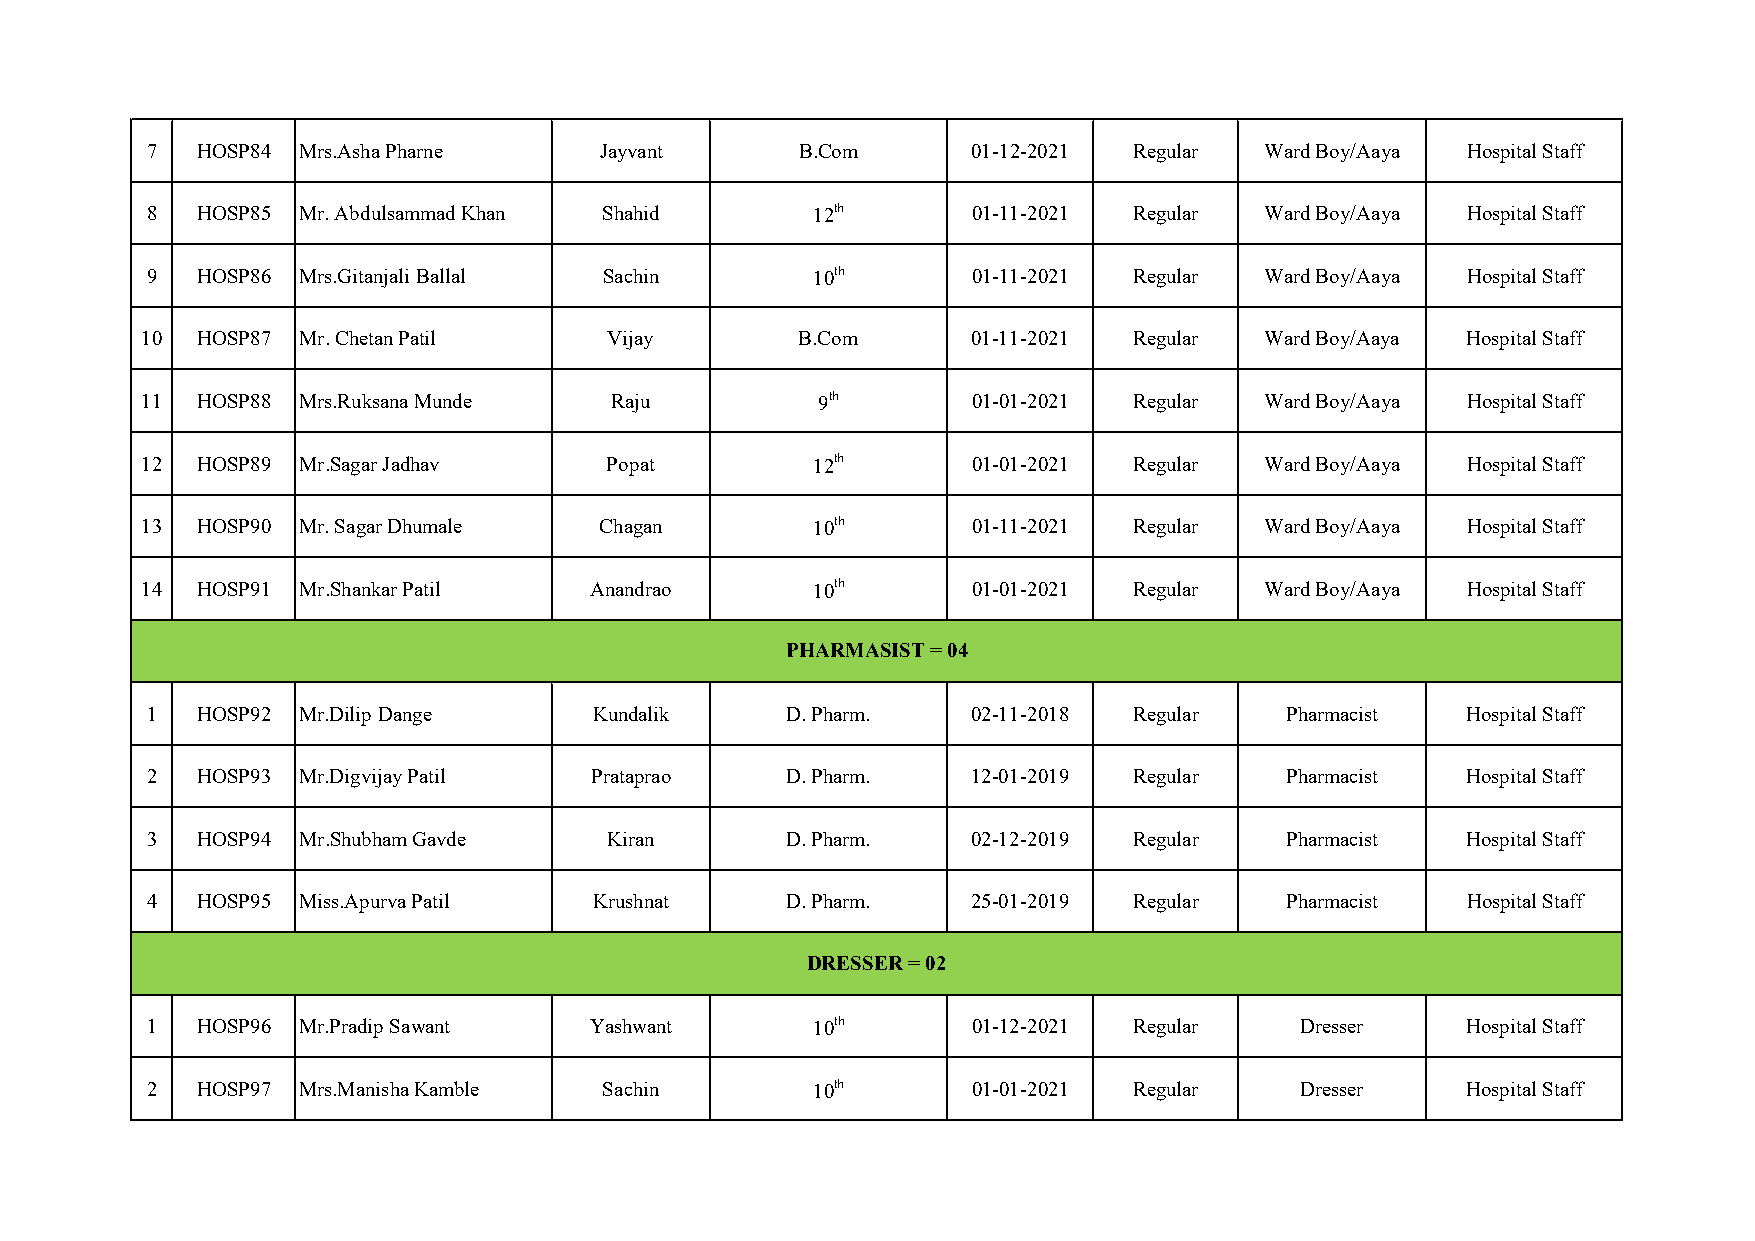
7  HOSP84 Mrs.Asha Pharne     Jayvant      B.Com      01-12-2021 Regular  Ward Boy/Aaya Hospital Staff
 8  HOSP85 Mr. Abdulsammad Khan Shahid       12th      01-11-2021 Regular  Ward Boy/Aaya Hospital Staff
 9  HOSP86 Mrs.Gitanjali Ballal Sachin       10th      01-11-2021 Regular  Ward Boy/Aaya Hospital Staff
 10  HOSP87 Mr. Chetan Patil    Vijay        B.Com      01-11-2021 Regular  Ward Boy/Aaya Hospital Staff
 11  HOSP88 Mrs.Ruksana Munde   Raju          9th       01-01-2021 Regular  Ward Boy/Aaya Hospital Staff
 12  HOSP89 Mr.Sagar Jadhav     Popat         12th      01-01-2021 Regular  Ward Boy/Aaya Hospital Staff
 13  HOSP90 Mr. Sagar Dhumale   Chagan        10th      01-11-2021 Regular  Ward Boy/Aaya Hospital Staff
 14  HOSP91 Mr.Shankar Patil   Anandrao       10th      01-01-2021 Regular  Ward Boy/Aaya Hospital Staff
 PHARMASIST = 04
 1  HOSP92 Mr.Dilip Dange     Kundalik     D. Pharm.   02-11-2018 Regular   Pharmacist  Hospital Staff
 2  HOSP93 Mr.Digvijay Patil  Prataprao    D. Pharm.   12-01-2019 Regular   Pharmacist  Hospital Staff
 3  HOSP94 Mr.Shubham Gavde    Kiran       D. Pharm.   02-12-2019 Regular   Pharmacist  Hospital Staff
 4  HOSP95 Miss.Apurva Patil  Krushnat     D. Pharm.   25-01-2019 Regular   Pharmacist  Hospital Staff
 DRESSER = 02
 1  HOSP96 Mr.Pradip Sawant   Yashwant       10th      01-12-2021 Regular    Dresser    Hospital Staff
 2  HOSP97 Mrs.Manisha Kamble  Sachin        10th      01-01-2021 Regular    Dresser    Hospital Staff